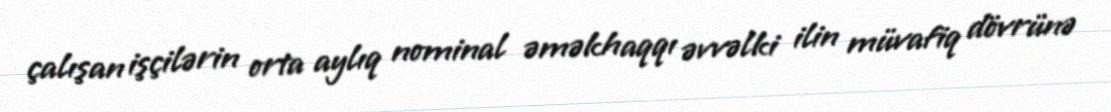
çalışan işçilərin orta aylıq nominal əməkhaqqı əvvəlki ilin müvafiq dövrünə